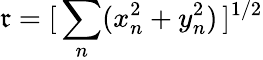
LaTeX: \mathfrak{r}=[\, \sum_{n}(x_{n}^{2}+y_{n}^{2})\, ]^{1/2}